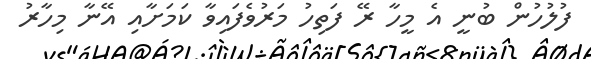
ފުލުހުން ބުނީ އެ މީހާ ރޭ ފަތިހު މަރުވެފައިވާ ކަމަށާއި އޭނާ މިހާރު